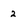
Character: 2